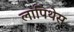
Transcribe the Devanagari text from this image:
लापिथेस